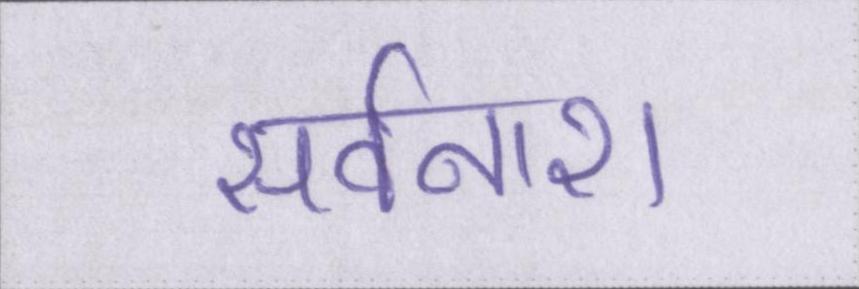
सर्वनाश